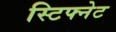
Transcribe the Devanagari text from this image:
स्टिफ्नेट